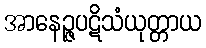
အာနေဉ္ဇပဋိသံယုတ္တာယ